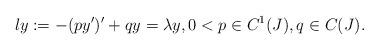
LaTeX: \begin{align*}ly:=-(py')'+qy=\lambda y,0<p\in C^1(J), q\in C(J). \end{align*}